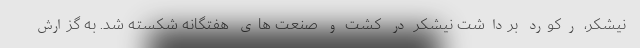
نیشکر، رکورد برداشت نیشکر در کشت و صنعت های هفتگانه شکسته شد. به گزارش